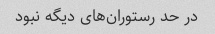
در حد رستوران‌های دیگه نبود